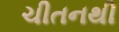
ચીતનથી